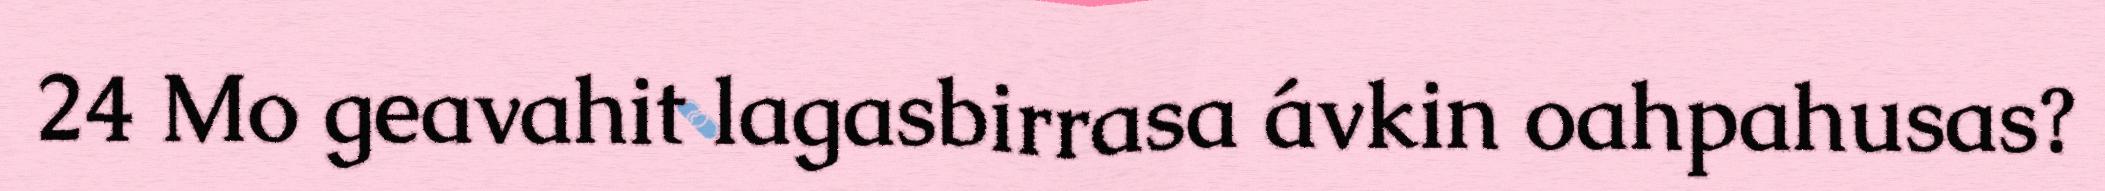
24 Mo geavahit lagasbirrasa ávkin oahpahusas?